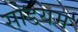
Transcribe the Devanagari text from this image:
सोडयम